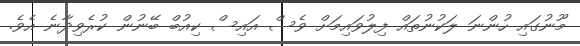
މޫނުގައި ހުންނަ ލަކުނުތައް ފިލުވައިމަށް ވެސް އައިސް ކިއުބް ބޭނުން ކުރެވިދާނެ އެވެ.